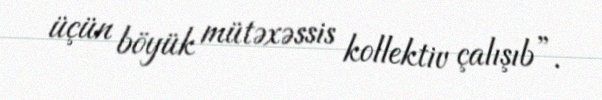
üçün böyük mütəxəssis kollektiv çalışıb”.